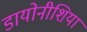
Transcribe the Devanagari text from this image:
डायोनीशिया